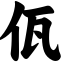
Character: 佤